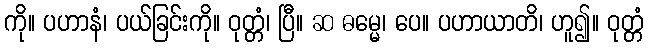
ကို။ ပဟာနံ၊ ပယ်ခြင်းကို။ ဝုတ္တံ၊ ပြီ။ ဆ ဓမ္မေ၊ ပေ။ ပဟာယာတိ၊ ဟူ၍။ ဝုတ္တံ